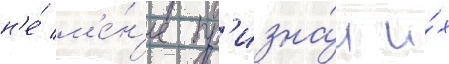
н'е́ м'е́н'ее пр'изна́л и́х